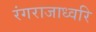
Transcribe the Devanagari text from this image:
रंगराजाध्वरि